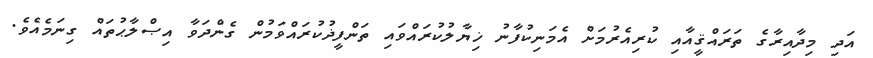
އަދި މިދާއިރާގެ ތަރައްޤީއާއި ކުރިއެރުމަށް އެމަނިކުފާނު ޚިޔާލުކުރައްވައި ތަންފީޛުކުރައްވަމުން ގެންދަވާ އިޞްލާޙުތައް ގިނަމެއެވެ.